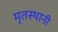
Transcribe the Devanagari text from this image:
मृतस्थानी